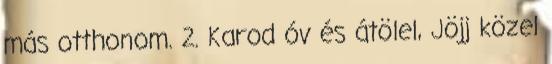
más otthonom. 2. Karod óv és átölel, Jöjj közel